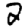
Digit: 2